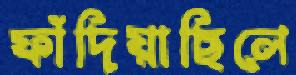
ফাঁদিয়াছিলে